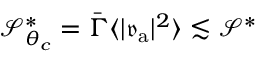
\mathcal { S } _ { \theta _ { c } } ^ { * } = \bar { \Gamma } \langle \vert \mathfrak { v } _ { \mathrm { a } } \vert ^ { 2 } \rangle \lesssim \mathcal { S } ^ { * }